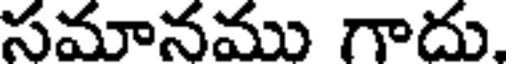
సమానము గాదు,